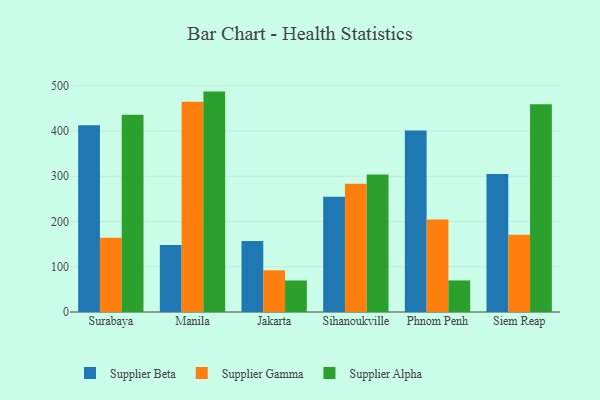
{"axis": {"x": "City", "y": "Headcount"}, "legend": ["Supplier Alpha", "Supplier Beta", "Supplier Gamma"], "data": [{"x": "Surabaya", "y": 412.8, "type": "Supplier Beta"}, {"x": "Surabaya", "y": 164.2, "type": "Supplier Gamma"}, {"x": "Surabaya", "y": 436.2, "type": "Supplier Alpha"}, {"x": "Manila", "y": 148.0, "type": "Supplier Beta"}, {"x": "Manila", "y": 465.0, "type": "Supplier Gamma"}, {"x": "Manila", "y": 487.2, "type": "Supplier Alpha"}, {"x": "Jakarta", "y": 156.9, "type": "Supplier Beta"}, {"x": "Jakarta", "y": 92.2, "type": "Supplier Gamma"}, {"x": "Jakarta", "y": 69.7, "type": "Supplier Alpha"}, {"x": "Sihanoukville", "y": 254.9, "type": "Supplier Beta"}, {"x": "Sihanoukville", "y": 283.3, "type": "Supplier Gamma"}, {"x": "Sihanoukville", "y": 304.2, "type": "Supplier Alpha"}, {"x": "Phnom Penh", "y": 401.4, "type": "Supplier Beta"}, {"x": "Phnom Penh", "y": 204.4, "type": "Supplier Gamma"}, {"x": "Phnom Penh", "y": 69.8, "type": "Supplier Alpha"}, {"x": "Siem Reap", "y": 304.8, "type": "Supplier Beta"}, {"x": "Siem Reap", "y": 170.8, "type": "Supplier Gamma"}, {"x": "Siem Reap", "y": 459.2, "type": "Supplier Alpha"}]}